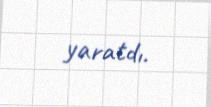
yaratdı.